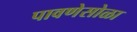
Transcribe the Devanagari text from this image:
पावणेसोळा